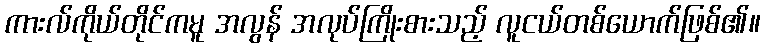
ကားလ်ကိုယ်တိုင်ကမူ အလွန် အလုပ်ကြိုးစားသည့် လူငယ်တစ်ယောက်ဖြစ်၏။